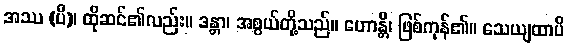
အဿ (ပိ)၊ ထိုဆင်၏လည်း။ ဒန္တာ၊ အစွယ်တို့သည်။ ဟောန္တိ၊ ဖြစ်ကုန်၏။ သေယျထာပိ